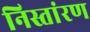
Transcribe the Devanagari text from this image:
निस्तांरण